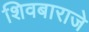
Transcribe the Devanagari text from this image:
शिवबाराजे